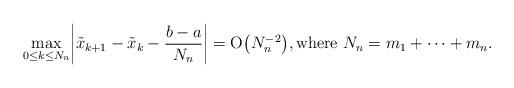
LaTeX: \begin{align*} \max_{0\le k\le N_n} \biggl|\tilde{x}_{k+1}-\tilde{x}_k - \frac{b-a}{N_n} \biggr|=\mathrm{O}\bigl(N^{-2}_n\bigr),\mbox{where } N_n=m_1+\cdots+m_n.\end{align*}